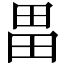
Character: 畕